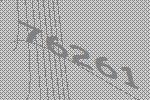
76261